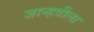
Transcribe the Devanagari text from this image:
जान्हवीला